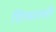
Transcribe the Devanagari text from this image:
शिफारशीं